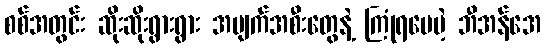
စစ်အတွင်း ဆိုးဆိုးရွားရွား အပျက်အစီးတွေနဲ့ ကြုံရပေမဲ့ ဘီအန်အေ